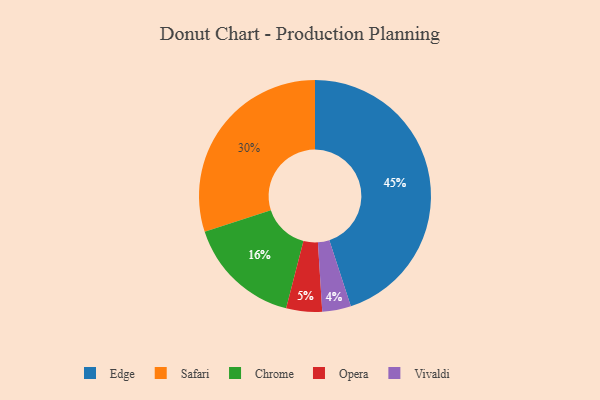
{"axis": {"x": "Category", "y": "Percentage"}, "legend": ["Chrome", "Edge", "Opera", "Safari", "Vivaldi"], "data": [{"x": "Edge", "y": 45, "type": "Edge"}, {"x": "Opera", "y": 5, "type": "Opera"}, {"x": "Vivaldi", "y": 4, "type": "Vivaldi"}, {"x": "Safari", "y": 30, "type": "Safari"}, {"x": "Chrome", "y": 16, "type": "Chrome"}]}